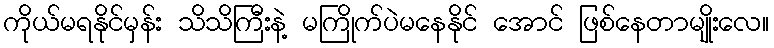
ကိုယ်မရနိုင်မှန်း သိသိကြီးနဲ့ မကြိုက်ပဲမနေနိုင် အောင် ဖြစ်နေတာမျိုးလေ။